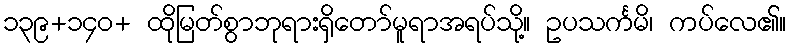
၁၃၉+၁၄၀+ ထိုမြတ်စွာဘုရားရှိတော်မူရာအရပ်သို့။ ဥပသင်္ကမိ၊ ကပ်လေ၏။